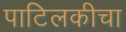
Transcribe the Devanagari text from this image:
पाटिलकीचा